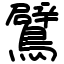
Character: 鷿